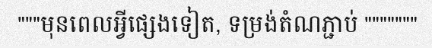
"""មុនពេលអ្វីផ្សេងទៀត, ទម្រង់តំណភ្ជាប់ """""""